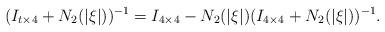
LaTeX: \begin{align*}(I_{t\times4}+N_2(|\xi|))^{-1}=I_{4\times4}-N_2(|\xi|)(I_{4\times4}+N_2(|\xi|))^{-1}.\end{align*}